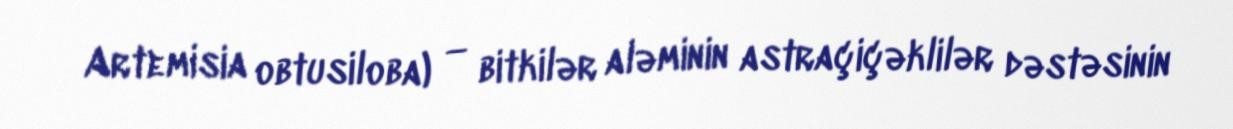
Artemisia obtusiloba) — bitkilər aləminin astraçiçəklilər dəstəsinin